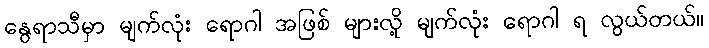
နွေရာသီမှာ မျက်လုံး ရောဂါ အဖြစ် များလို့ မျက်လုံး ရောဂါ ရ လွယ်တယ်။